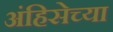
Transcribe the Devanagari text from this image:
अंहिसेच्या